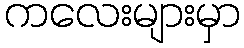
ကလေးများမှာ